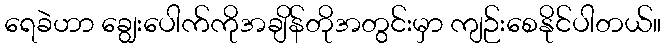
ရေခဲဟာ ချွေးပေါက်ကိုအချိန်တိုအတွင်းမှာ ကျဉ်းစေနိုင်ပါတယ်။